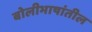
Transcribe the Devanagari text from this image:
बोलीभाषांतील